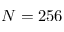
N = 2 5 6